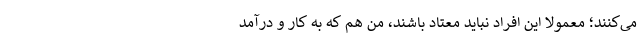
می‌کنند؛ معمولا این افراد نباید معتاد باشند، من هم که به کار و درآمد